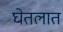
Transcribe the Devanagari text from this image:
घेतलात